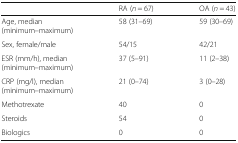
<table><thead><tr><td></td><td><b>RA (<i>n</i> = 67)</b></td><td><b>OA (<i>n</i> = 43)</b></td></tr></thead><tbody><tr><td>Age, median (minimum–maximum)</td><td>58 (31–69)</td><td>59 (30–69)</td></tr><tr><td>Sex, female/male</td><td>54/15</td><td>42/21</td></tr><tr><td>ESR (mm/h), median (minimum–maximum)</td><td>37 (5–91)</td><td>11 (2–38)</td></tr><tr><td>CRP (mg/l), median (minimum–maximum)</td><td>21 (0–74)</td><td>3 (0–28)</td></tr><tr><td>Methotrexate</td><td>40</td><td>0</td></tr><tr><td>Steroids</td><td>54</td><td>0</td></tr><tr><td>Biologics</td><td>0</td><td>0</td></tr></tbody></table>